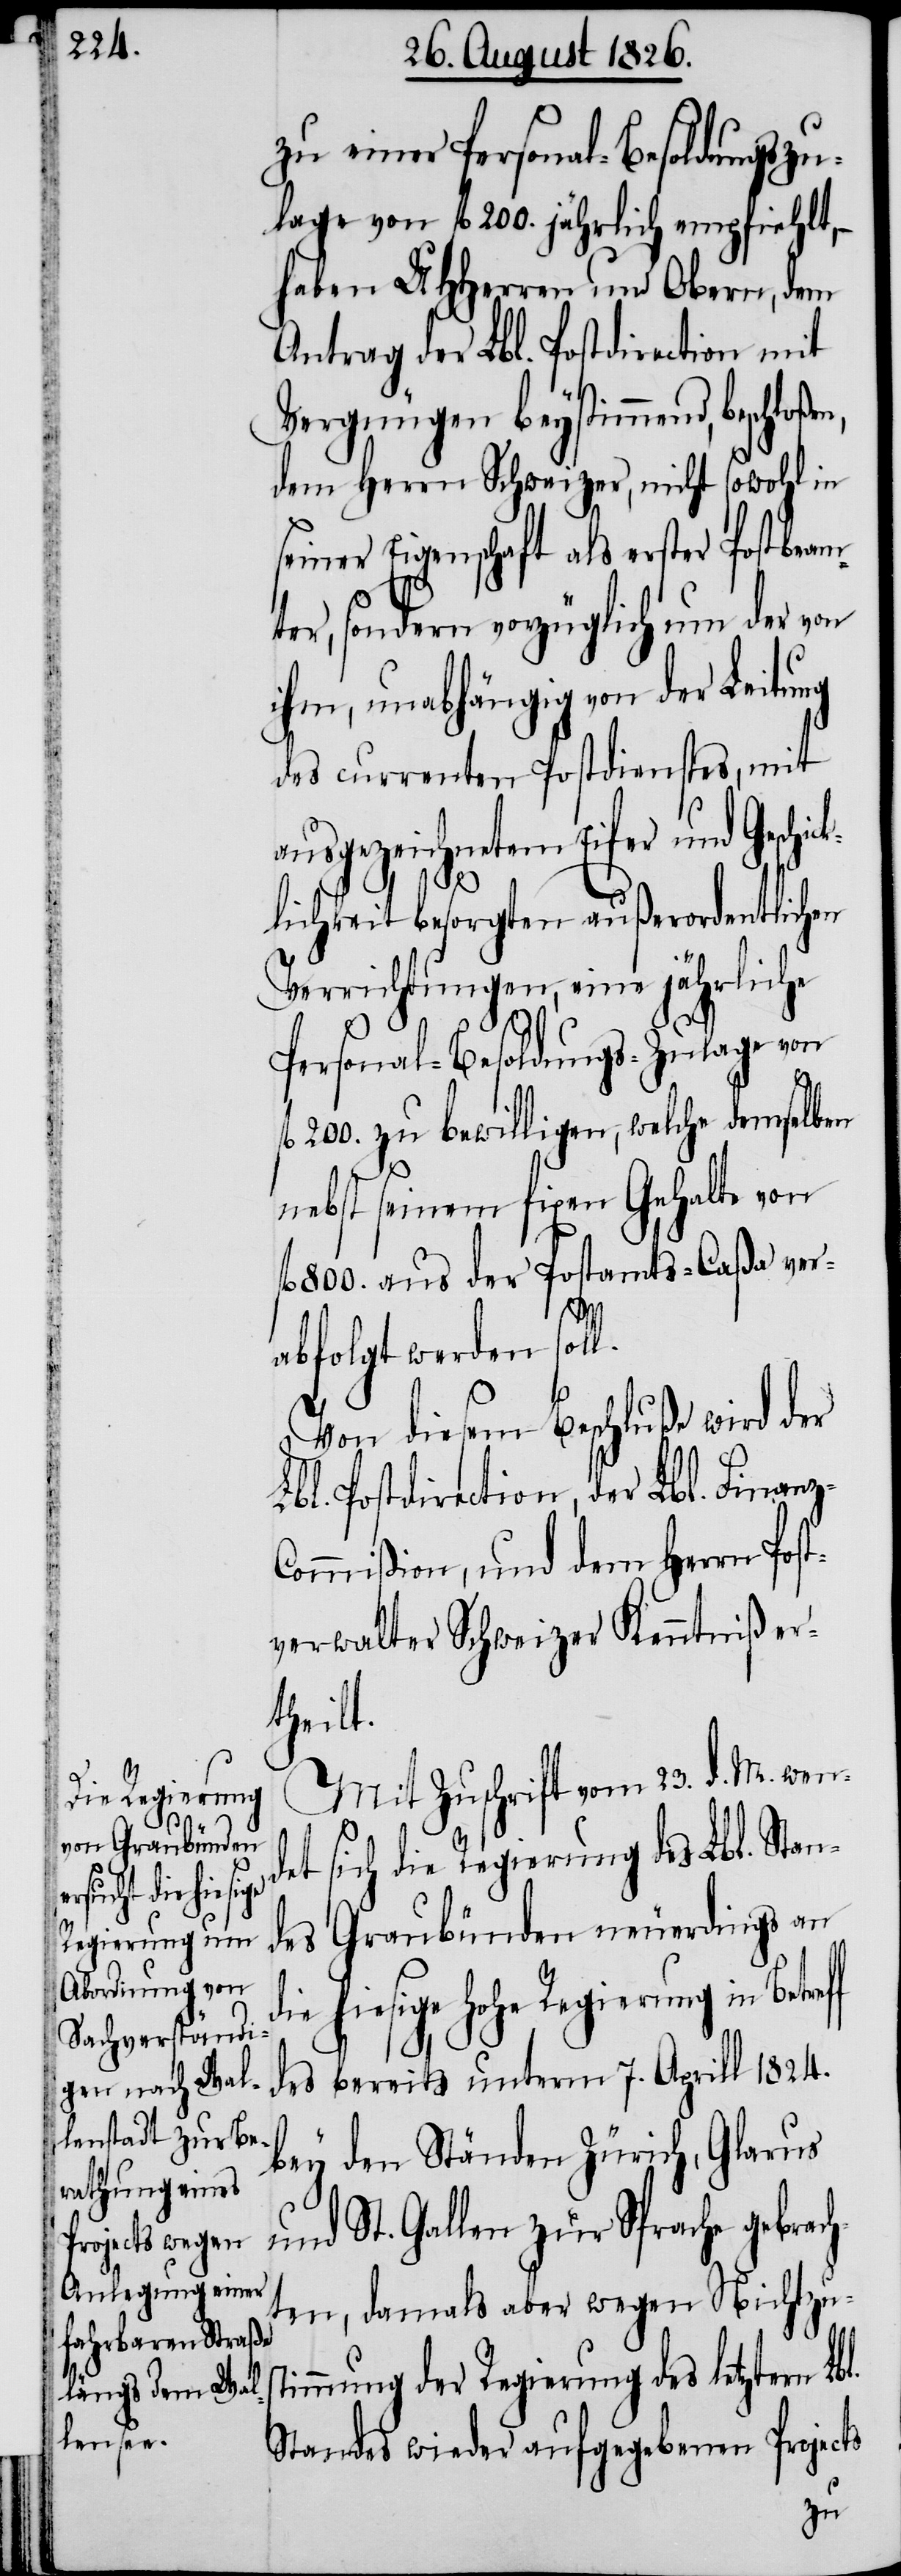
l.

die hiesige
Regierung in

zu einer Personal-Besoldungszu¬
lage von fl. 200. jährlich empfiehlt,
haben MHHerren und Obern, dem
Antrag der Lbl. Postdirection mit
Vergnügen beystimmend, be¬
dem Herrn Schweizer, nicht sowohl in
seiner Eigenschaft als erster Postbeam¬
ter, sondern vorzüglich um der von
ihm, unabhängig von der Leitung
des currenten Postdienstes, mit
ausgezeichnetem Eifer und Geschic¬
klichkeit besorgten außerordentlichen
Verrichtungen, eine jährliche
Personal-Besoldungs-Zulage von
200. zu bewilligen, welche demselben
nebst seinem fixen Gehalte von
l. 800. aus der Postamts-Caßa ver¬
abfolgt werden sol¬
Von diesem Beschluße wird der
Lbl. Postdirection, der Lbl. Finan¬
ommißion, und dem Herrn Post¬
verwalter Schweizer Kenntniß er¬
theilt.
Mit Zuschrift vom 23. d. M. wen¬
det sich die Regierung des Lbl. Stan¬
des Graubünden neuerdings an
des bereits unterm 7. April 1824.
bey den Ständen Zürich, Glarus
und St. Gallen zur Sprache gebrach¬
ten, damals aber wegen Nichtzus¬
timmung der Regierung des letztern Lb¬
Standes wieder aufgegebenen Projects
z-C¬